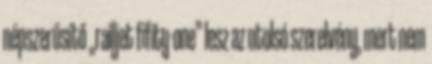
népszerűsítő „railjet fifity-one” lesz az utolsó szerelvény, mert nem